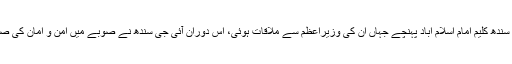
وزیراعظم عمران خان کے طلب کرنے پر آئی جی سندھ کلیم امام اسلام آباد پہنچے جہاں اُن کی وزیراعظم سے ملاقات ہوئی، اس دوران آئی جی سندھ نے صوبے میں امن و امان کی صورتحال اور اہم امور پر وزیراعظم کو بریفنگ دی۔